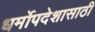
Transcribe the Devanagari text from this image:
धर्मोपदेशासाठी